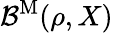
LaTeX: \mathcal{B}^{\mathrm{M}}(\rho,X)